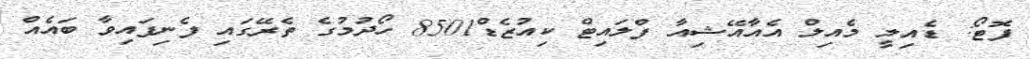
ފޮޓޯ: ޑެއިލީ މެއިލް އެއާއޭޝިއާ ފްލައިޓް ކިއުޒެޑް8501 ހޯދުމުގެ ތެރޭގައި ފެނިފައިވާ ބައެއް